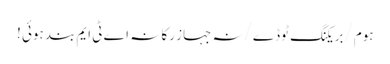
ہوم/بریکنگ ٹوڈے/نہ جہاز رکا نہ اے ٹی ایم بند ہوئی !